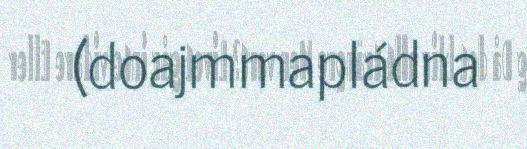
(doajmmapládna